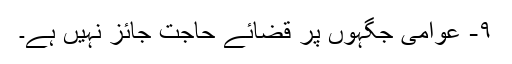
۹- عوامی جگہوں پر قضائے حاجت جائز نہیں ہے۔